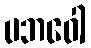
ပဘဝေါ